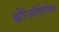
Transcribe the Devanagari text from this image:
छोरिओरेतिनोपथ्य